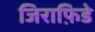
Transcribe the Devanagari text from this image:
जिराफ़िडे